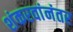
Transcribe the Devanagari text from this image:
शंकरवांनंतर